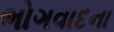
ભોગવાદના